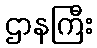
ဌာနကြီး